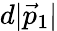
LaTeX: d|{\vec{p}}_{1}|